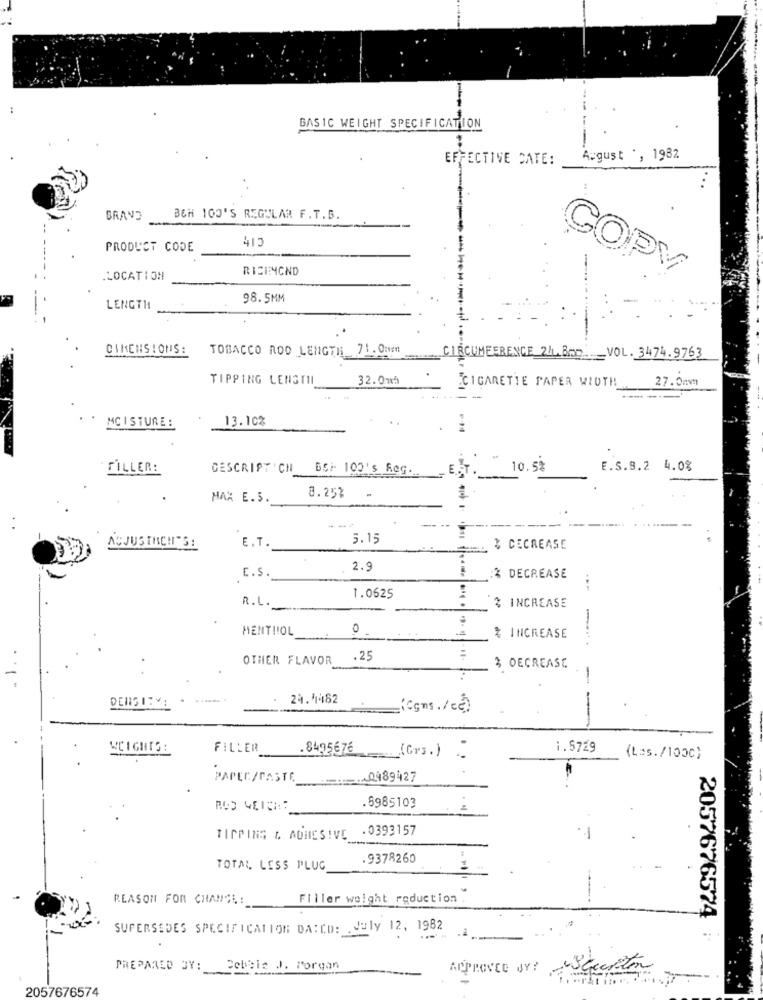
BASIC WEIGHT SPECIFICATION
EFFECTIVE DATE:
August *, 1982
BRAND
BEH 100'S REGULAR F. T.B.
413
PRODUCT CODE
RICENCND
LOCATION
COPY
98.5MM
LENGTH
DIMENSIONS:
TOBACCO ROD LENGTH 71.0mm
CIRCUMFERENCE 24.BAD ___ VOL. 3474.9763
TIPPING LENGTH
32.07
CIGARETTE PAPER WIDTH
27.04mm
- -
MCI STURE :
13.10%
FILLER:
DESCRIPT CN BCF 100's Reg.
10.5%
E.S.8.2 4.0%
MAX E.S.
8.25% -
---
5.15
ACJUSTICH'S :
E.T.
% DECREASE
2.9
C.S.
& DECREASE
1.0625
R.L.
% INCREASE
MENTIIOL
0
% INCREASE
OTHER FLAVOR
.25
:
$ DECREASE
-
24.4482
(gms./ce)
WCIGHTS :
FILLER
.8495676
(Grs .)
1.5729
. .
(Las./100℃)
PAPER / PASTE
::. 0489427
.6985103
.0393157
TIPPINS & ADHESIVE
.9378260
TOTAL LESS PLUG
REASON FOR CHANGE:
Filler weight reduction
2057676574
SUPERSEDES SPECIFICATION DA:CD: . July 12, 1982
PREPARED BY:
Cebeis J. Porgan
-
APPROVED BY: SGeceto
2057676574